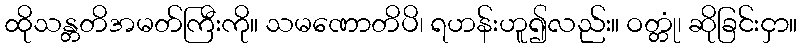
ထိုသန္တတိအမတ်ကြီးကို။ သမဏောတိပိ၊ ရဟန်းဟူ၍လည်း။ ဝတ္တုံ၊ ဆိုခြင်းငှာ။